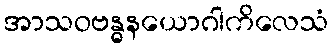
အာသဝဗန္ဓနယောဂါကိလေသံ